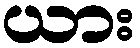
ယား